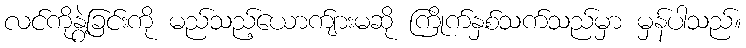
လင်ကိုနွဲ့ခြင်းကို မည်သည့်ယောက်ျားမဆို ကြိုက်နှစ်သက်သည်မှာ မှန်ပါသည်။